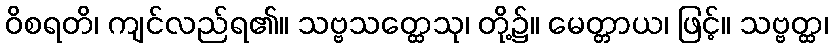
ဝိစရတိ၊ ကျင်လည်ရ၏။ သဗ္ဗသတ္ထေသု၊ တို့၌။ မေတ္တာယ၊ ဖြင့်။ သဗ္ဗတ္ထ၊